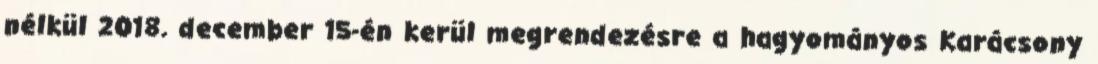
nélkül 2018. december 15-én kerül megrendezésre a hagyományos Karácsony